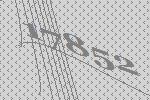
17852